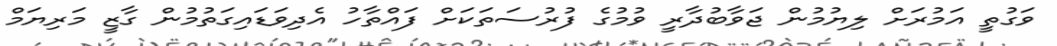
ވަގުތީ އަމުރަށް ލިޔުމުން ޖަވާބުދާރީ ވުމުގެ ފުރުސަތަކަށް ފައްތާހު އެދިވަޑައިގަތުމުން ގާޒީ މަރިޔަމް